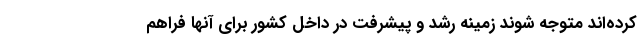
کرده‌اند متوجه شوند زمینه رشد و پیشرفت در داخل کشور برای آنها فراهم